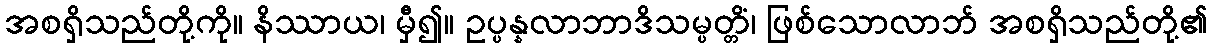
အစရှိသည်တို့ကို။ နိဿာယ၊ မှီ၍။ ဥပ္ပန္နလာဘာဒိသမ္ပတ္တိံ၊ ဖြစ်သောလာဘ် အစရှိသည်တို့၏